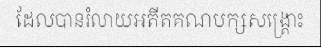
ដែលបានរំលាយអតីតគណបក្សសង្គ្រោះ